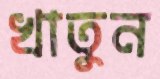
খাতুন